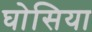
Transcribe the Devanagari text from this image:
घोसिया